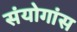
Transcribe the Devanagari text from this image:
संयोगांस